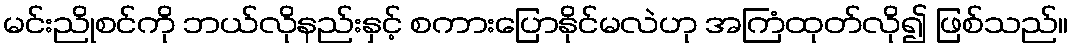
မင်းညိုစင်ကို ဘယ်လိုနည်းနှင့် စကားပြောနိုင်မလဲဟု အကြံထုတ်လို၍ ဖြစ်သည်။